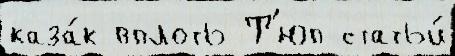
каза́к вплоть Т'юп статьи́